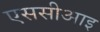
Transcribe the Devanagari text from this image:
एससीआइ